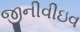
જીનીવીઇવ